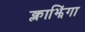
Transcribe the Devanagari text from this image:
क्लाझिंगा